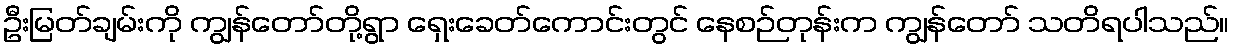
ဦးမြတ်ချမ်းကို ကျွန်တော်တို့ရွာ ရှေးခေတ်ကောင်းတွင် နေစဉ်တုန်းက ကျွန်တော် သတိရပါသည်။